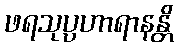
ဖရသုပ္ပဟာရာနန္တိ